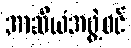
အာဆီယံအဖွဲ့ဝင်